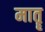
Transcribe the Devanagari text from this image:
मातॄ